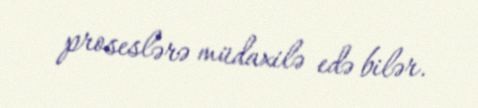
proseslərə müdaxilə edə bilər.